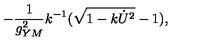
- { \frac { 1 } { g _ { Y M } ^ { 2 } } } k ^ { - 1 } ( \sqrt { 1 - k \dot { U } ^ { 2 } } - 1 ) ,